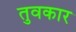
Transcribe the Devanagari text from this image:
तुवकार